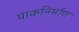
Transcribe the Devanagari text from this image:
पाकनिर्माण